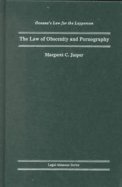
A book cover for The Law of Obscenity and Pornography (Oceana's Legal Almanac Series  Law for the Layperson); Margaret C. Jasper; Engineering & Transportation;